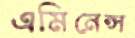
এমিনেন্স